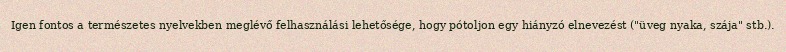
Igen fontos a természetes nyelvekben meglévő felhasználási lehetősége, hogy pótoljon egy hiányzó elnevezést ("üveg nyaka, szája" stb.).